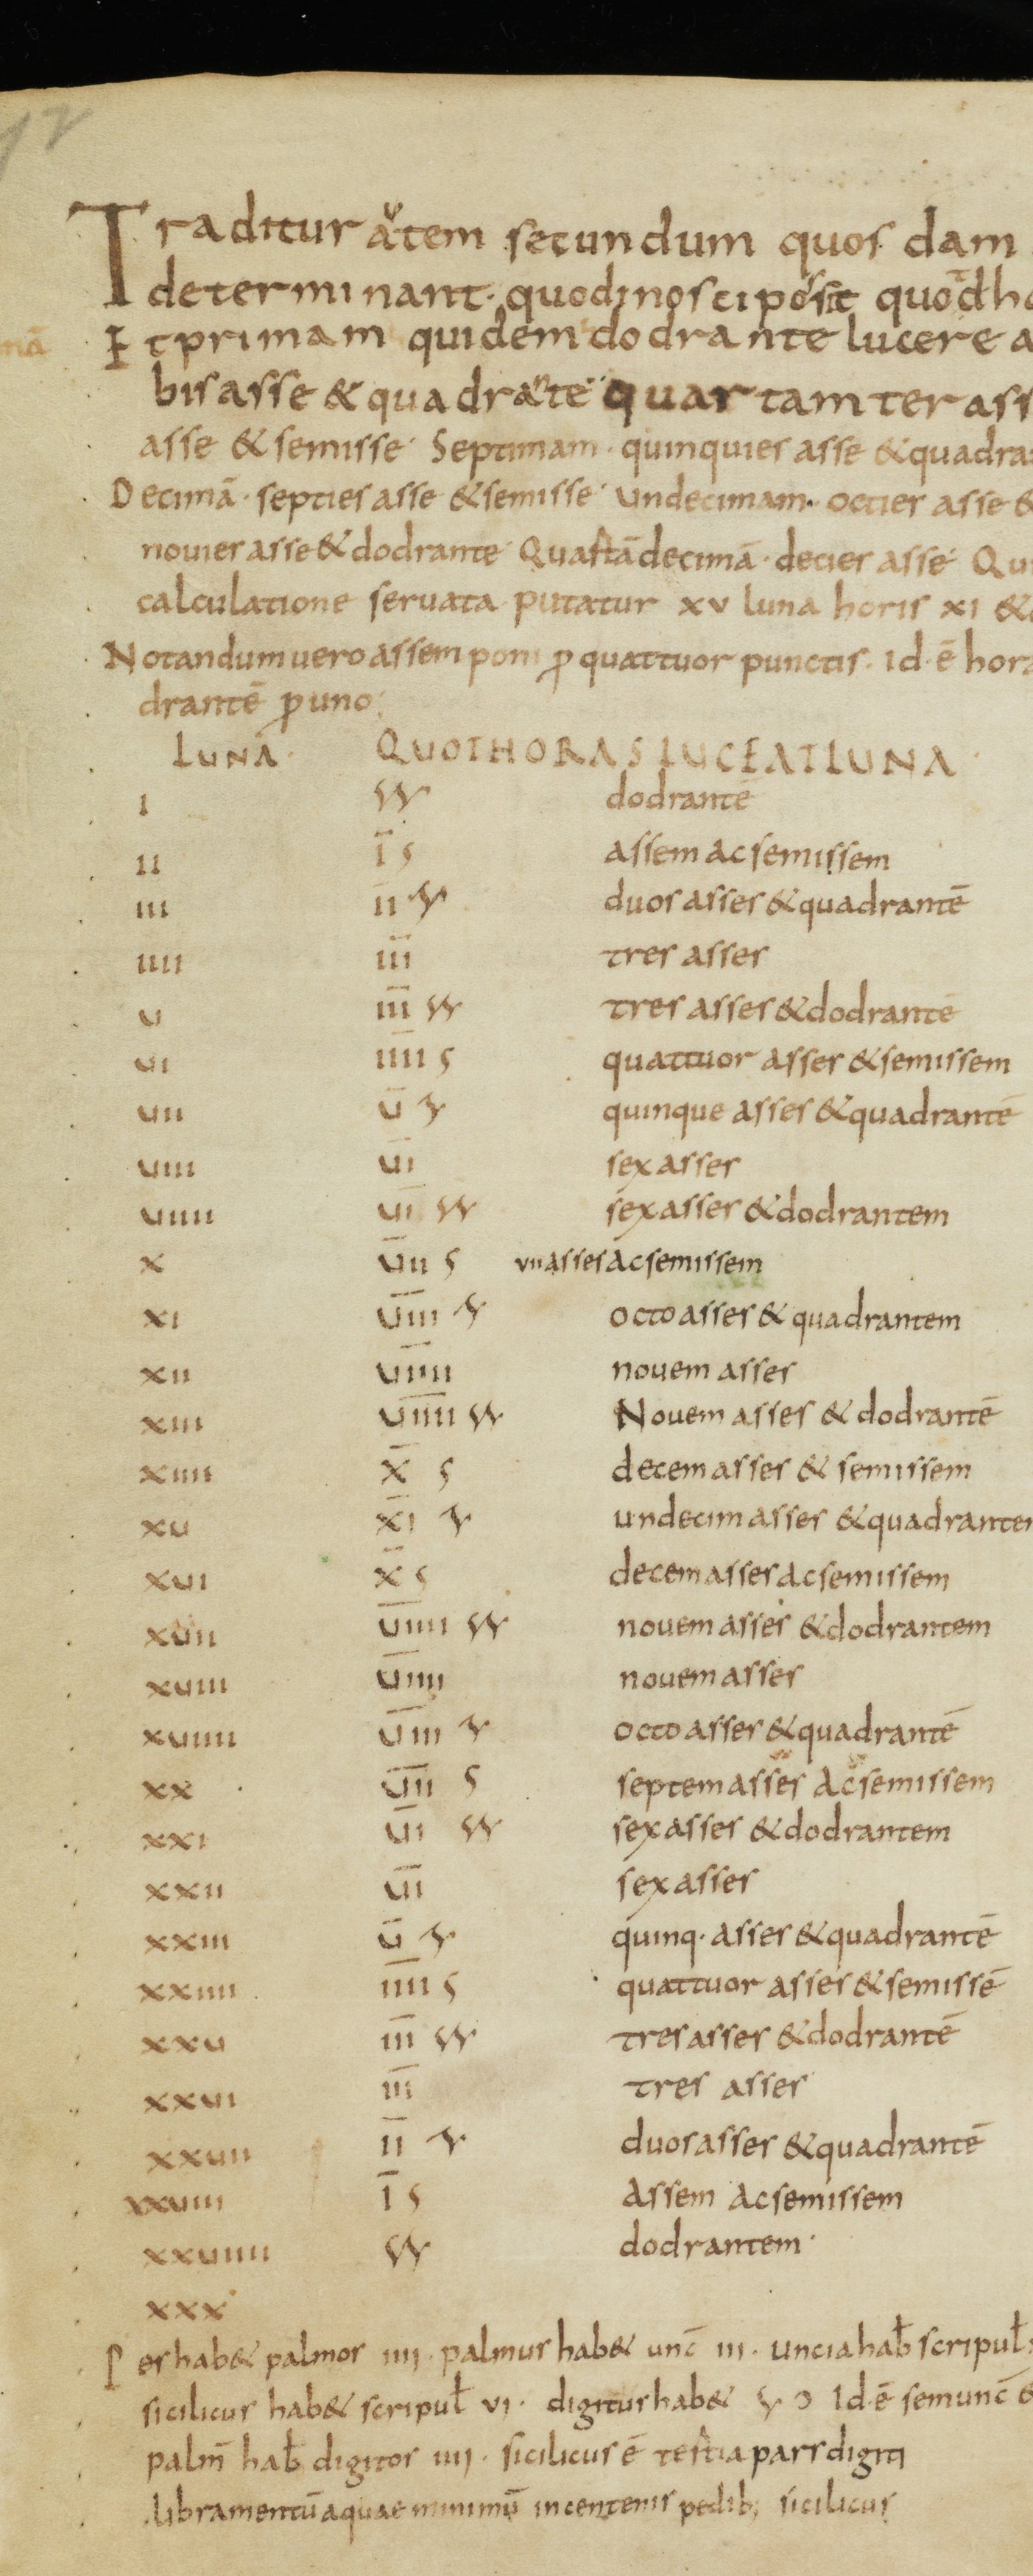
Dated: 821–851